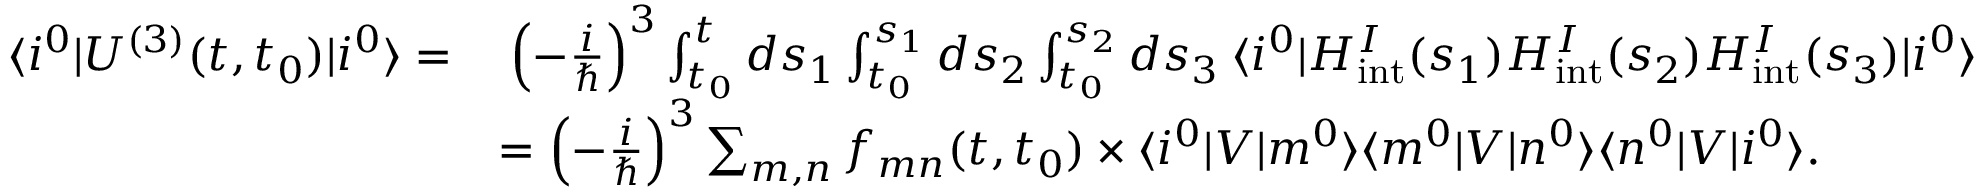
\begin{array} { r l } { \langle i ^ { 0 } \lvert U ^ { ( 3 ) } ( t , t _ { 0 } ) \lvert i ^ { 0 } \rangle = } & { \: \left( - \frac { i } { \hbar } \right) ^ { 3 } \int _ { t _ { 0 } } ^ { t } d s _ { 1 } \int _ { t _ { 0 } } ^ { s _ { 1 } } d s _ { 2 } \int _ { t _ { 0 } } ^ { s _ { 2 } } d s _ { 3 } \: \langle i ^ { 0 } \lvert H _ { \mathrm { i n t } } ^ { I } ( s _ { 1 } ) H _ { \mathrm { i n t } } ^ { I } ( s _ { 2 } ) H _ { \mathrm { i n t } } ^ { I } ( s _ { 3 } ) \lvert i ^ { 0 } \rangle } \\ & { = \left( - \frac { i } { \hbar } \right) ^ { 3 } \sum _ { m , n } f _ { m n } ( t , t _ { 0 } ) \times \langle i ^ { 0 } \lvert V \lvert m ^ { 0 } \rangle \langle m ^ { 0 } \lvert V \lvert n ^ { 0 } \rangle \langle n ^ { 0 } \lvert V \lvert i ^ { 0 } \rangle . } \end{array}